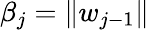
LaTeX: \beta_{j}=\| w_{j-1}\|